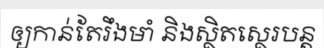
ឲ្យកាន់តែរឹងមាំ និងស្ថិតស្ថេរបន្ត